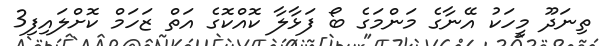
ތިނަދޫ މީހަކު އޭނާގެ މަންމަގެ ބޯ ފަޅާލާ ކޮއްކޮގެ އަތް ޒަހަމް ކޮށްލައިފި3